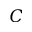
C